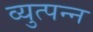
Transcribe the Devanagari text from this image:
व्‍युत्‍पन्‍न